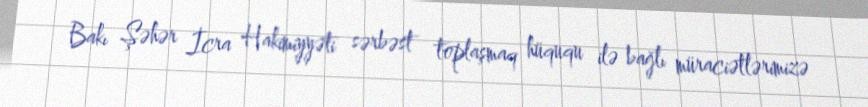
Bakı Şəhər İcra Hakimiyyəti sərbəst toplaşmaq hüququ ilə bağlı müraciətlərimizə